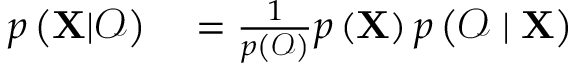
\begin{array} { r l } { p \left( { \bf X } | \boldsymbol { \mathcal { O } } \right) } & { { } = \frac { 1 } { p \left( \boldsymbol { \mathcal { O } } \right) } p \left( { \bf X } \right) p \left( \boldsymbol { \mathcal { O } } \mid \bf X \right) } \end{array}